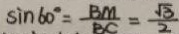
\sin 6 0 ^ { \circ } = \frac { B M } { B C } = \frac { \sqrt { 3 } } { 2 }